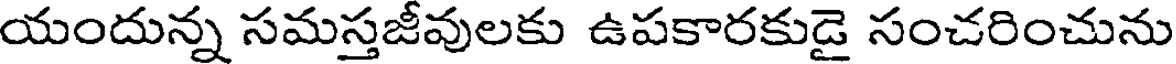
యందున్న సమస్తజీవులకు ఉపకారకుడై సంచరించును